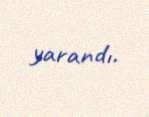
yarandı.